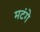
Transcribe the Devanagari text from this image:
मटंगे